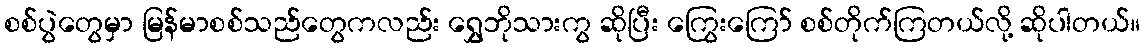
စစ်ပွဲတွေမှာ မြန်မာစစ်သည်တွေကလည်း ရွှေဘိုသားကွ ဆိုပြီး ကြွေးကြော် စစ်တိုက်ကြတယ်လို့ ဆိုပါတယ်။